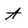
Character: A